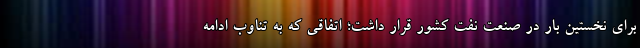
برای نخستین بار در صنعت نفت کشور قرار داشت؛ اتفاقی که به تناوب ادامه